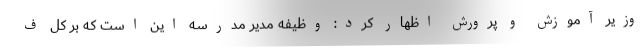
وزیر آموزش و پرورش اظهار کرد: وظیفه مدیر مدرسه این است که بر کل ف